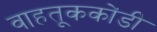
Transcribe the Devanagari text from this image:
वाहतूककोंडी